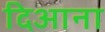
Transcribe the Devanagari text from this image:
दिआना